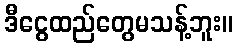
ဒီငွေထည်တွေမသန့်ဘူး။